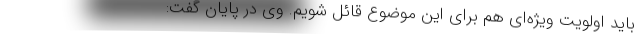
باید اولویت ویژه‌ای هم برای این موضوع قائل شویم. وی در پایان گفت: